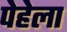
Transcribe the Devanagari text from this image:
पेहेला